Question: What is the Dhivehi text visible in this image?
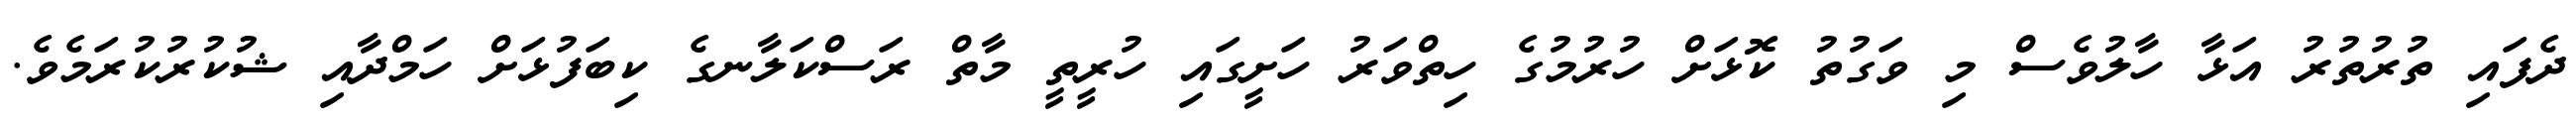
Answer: ދެފައި ތުރުތުރު އަޅާ ހާލުވެސް މި ވަގުތު ކޮޅަށް ހުރުމުގެ ހިތްވަރު ހަށީގައި ހުރީތީ މާތް ރަސްކަލާނގެ ކިބަފުޅަށް ހަމްދާއި ޝުކުރުކުރަމެވެ.